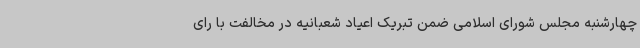
چهارشنبه مجلس شورای اسلامی ضمن تبریک اعیاد شعبانیه در مخالفت با رای